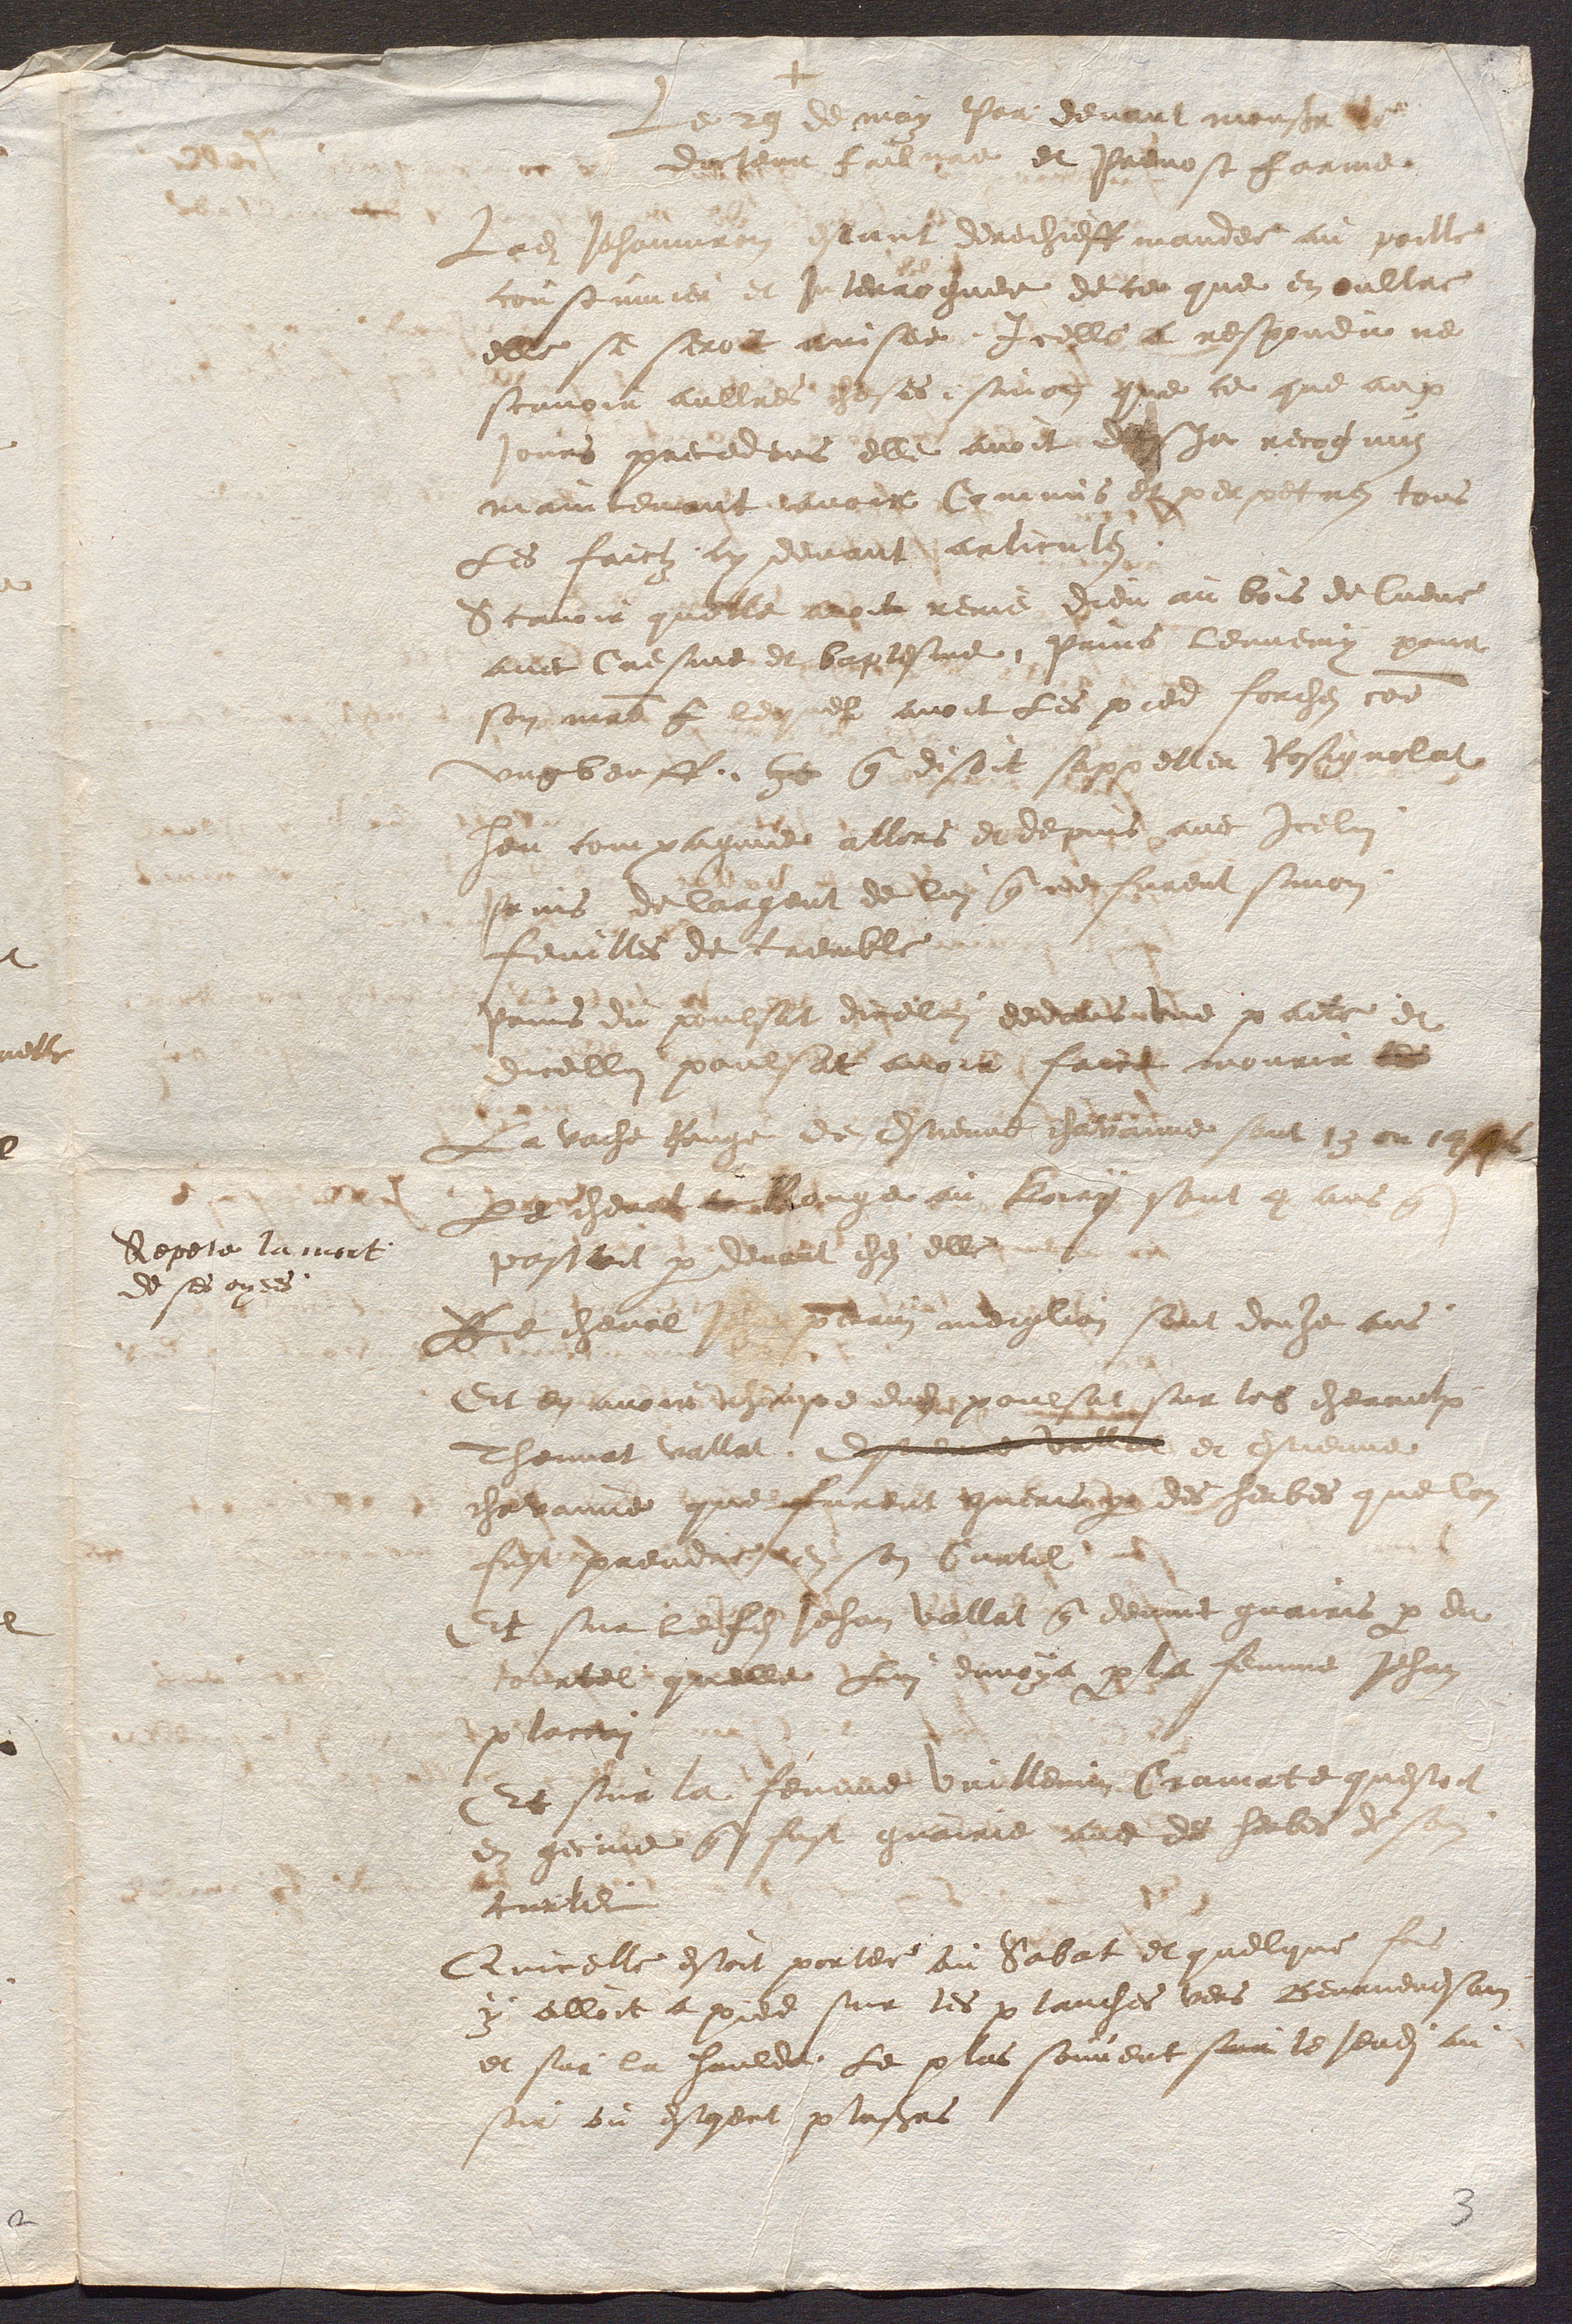
Depete la mort
de ses ayees.

Le 29 de moy Phar devant monsineur
de jeur Raibigre et Prevost farine
Ladite Jehanniron estant derechieffmandee au poille
consenmier et Iterroguee de ce que en oultre
elle se seroit avisee, Icelle a respondune
scuvoir aultres ceses, sinons que ce que aux
jours precedens elle avoit deje recognuz
maintemant avoir Commis et persetrez tous
les faictz ny devant articues
Scavoir quelle aroit rene Dieu au bois de lueve
avec Cresme et baptesme, Prins lennemy pour
son maitre que lequel avoit les pied forchez comme
ung benff ce que disoit sappeller Rosignalat
heu compagnie allors et depuis avec Icelui
Prins de largent de lui que de furent sinon
feuilles de Tremble.
Prins du pulsat dicelui dedans une paile et
ellui poulsat avoir faict mourir le
a vache houge de Estienne chaanne sont 1e ou tas
le cheval a Berge au Bourg sont 1y ans que
passoit par devant chesz elle
Les chevals  enin merelion sent douhe ans
Et en avoir ichempe dudit poulsat sur los chevaulx
qt et Estienne
Thennat vallat, ne
chavanne que furent gueris par des herbes que
fest prendre e son Curtil
et sur lehes Jehan vallat qui devint guairis par du
ontel quelle Lui envoya par la femme Jehan
p lactai.
Et sur la femme vuillenin Cramate questoit
en gernne que fust guairie avec de herbes de
curter
Quicelle estoit portee au Sabat et quelque
y alloit a pied sur les planches vers Beurnevesain
et sur la haulde Le plus souvent sur le jeudi au
sou oi estoient plusieurs